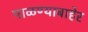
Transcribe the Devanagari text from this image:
पाळण्याबाहेर